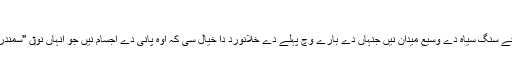
تاریخ [لکھو]
قمری ماریا چاند اُتے سنگ سیاہ دے وسیع میدان نيں جنہاں دے بارے وچ پہلے دے خلانورد دا خیال سی کہ اوہ پانی دے اجسام نيں جو انہاں نو‏ں "سمندر" کہیا کردے سن ۔